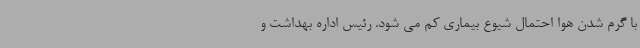
با گرم شدن هوا احتمال شیوع بیماری کم می شود. رئیس اداره بهداشت و